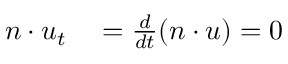
\begin{array} { r l } { n \cdot u _ { t } } & { { } = \frac { d } { d t } ( n \cdot u ) = 0 } \end{array}